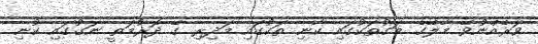
ވަރެއްނުވޭ މާލޭގެ މަގުތަކުގައި ކާނި ތަކުގައި މަދިރި ގޭ ދޮރުމަތީ ނަގުގައި ކުނި